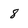
Character: 8